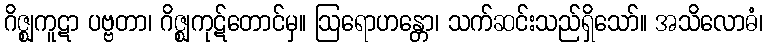
ဂိဇ္ဈကူဋာ ပဗ္ဗတာ၊ ဂိဇ္ဈကုဋ်တောင်မှ။ ဩရောဟန္တော၊ သက်ဆင်းသည်ရှိသော်။ အသိလောဓံ၊